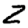
Digit: 2